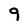
Character: 9